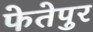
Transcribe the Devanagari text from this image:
फेतेपुर